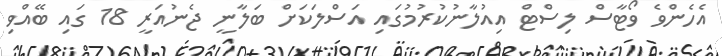
އެހެންވެ ވޯޓާސް ލިސްޓް އިއުލާނުކުރުމުގައި އަސްލަކަށް ބަލާނީ ޖެނުއަރީ 18 ގައި ބޭއްވި